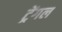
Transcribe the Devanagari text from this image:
ट्रेंगल